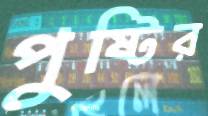
পুষ্টির